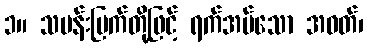
၁။ သမန်းမြက်တို့ဖြင့် ရက်အပ်သော အဝတ်၊